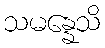
သမန္နေသိ